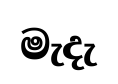
මැදැ